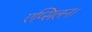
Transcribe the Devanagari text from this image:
एप्सिलन।